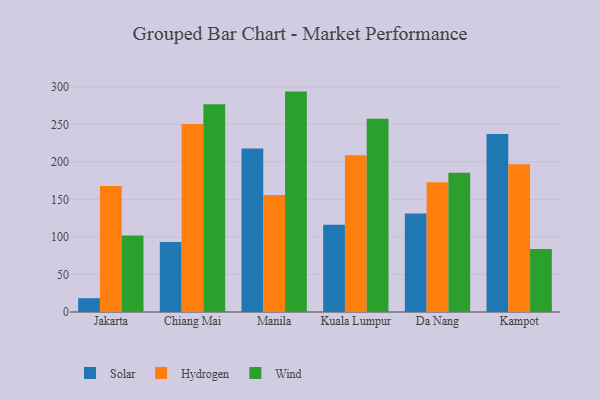
{"axis": {"x": "City", "y": "Tickets Resolved"}, "legend": ["Hydrogen", "Solar", "Wind"], "data": [{"x": "Jakarta", "y": 18.4, "type": "Solar"}, {"x": "Jakarta", "y": 167.9, "type": "Hydrogen"}, {"x": "Jakarta", "y": 102.0, "type": "Wind"}, {"x": "Chiang Mai", "y": 93.3, "type": "Solar"}, {"x": "Chiang Mai", "y": 250.5, "type": "Hydrogen"}, {"x": "Chiang Mai", "y": 276.8, "type": "Wind"}, {"x": "Manila", "y": 217.9, "type": "Solar"}, {"x": "Manila", "y": 155.8, "type": "Hydrogen"}, {"x": "Manila", "y": 293.6, "type": "Wind"}, {"x": "Kuala Lumpur", "y": 116.1, "type": "Solar"}, {"x": "Kuala Lumpur", "y": 208.8, "type": "Hydrogen"}, {"x": "Kuala Lumpur", "y": 257.3, "type": "Wind"}, {"x": "Da Nang", "y": 131.2, "type": "Solar"}, {"x": "Da Nang", "y": 173.0, "type": "Hydrogen"}, {"x": "Da Nang", "y": 185.6, "type": "Wind"}, {"x": "Kampot", "y": 237.2, "type": "Solar"}, {"x": "Kampot", "y": 196.8, "type": "Hydrogen"}, {"x": "Kampot", "y": 83.9, "type": "Wind"}]}